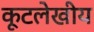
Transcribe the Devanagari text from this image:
कूटलेखीय